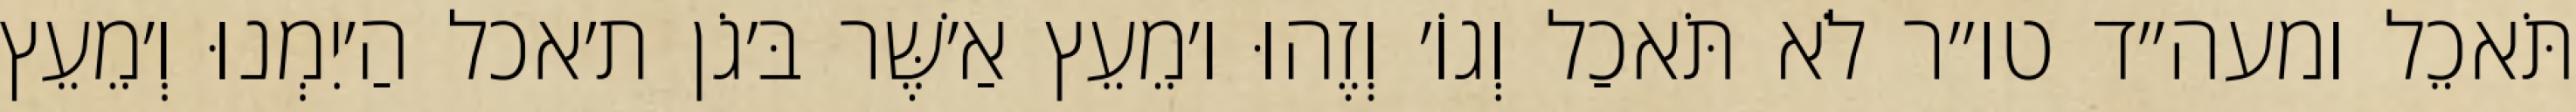
תֹּאכֵל ומעה״ד טו״ר לֹא תֹּאכַל וְגוֹ׳ וְזֶהוּ ו׳מֵעֵץ אַ׳שֶּׁר בּ׳גֹן ת׳אכל הַ׳יִמְנוּ וְ׳מֵעֵץ